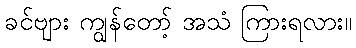
ခင်ဗျား ကျွန်တော့် အသံ ကြားရလား။